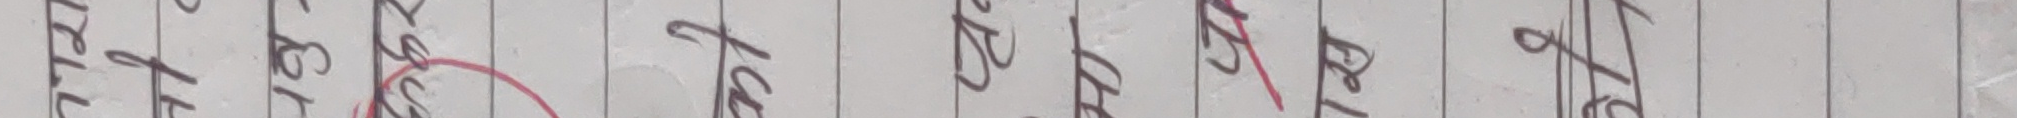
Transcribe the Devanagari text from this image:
तर तरलाई 92/30